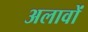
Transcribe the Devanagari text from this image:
अलावों